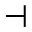
\dashv